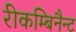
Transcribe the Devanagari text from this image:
रीकम्बिनैन्ट